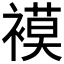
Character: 𮖪